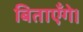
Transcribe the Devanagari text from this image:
बिताएँगे।